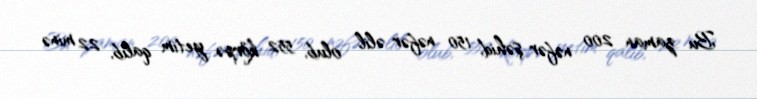
Bu zaman 200 nəfər şəhid, 150 nəfər əlil olub, 552 körpə yetim qalıb, 22 minə